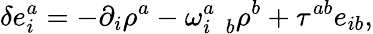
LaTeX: \delta e_{i}^{a}=-\partial_{i}\rho^{a}-\omega_{i\; \; b}^{a}\rho^{b}+\tau^{ab}e_{ib},